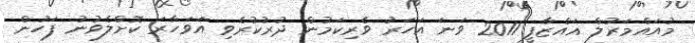
މުއައްމަރުލް ޣައްޒާފީ 2011 ވަނަ އަހަރު ވެރިކަމުން ދުރުކުރެވި އަވަހާރަ ކޮށްލެވުނު ފަހުން